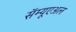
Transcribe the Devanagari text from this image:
सॅम्यूएअल